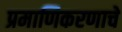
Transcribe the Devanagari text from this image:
प्रमाणिकरणाचे